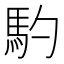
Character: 馰